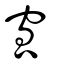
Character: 窊